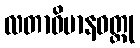
လတာဝိမာနဝတ္ထု